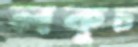
লকুচ